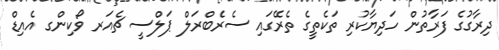
ދިރާގުގެ ފަރާތުން ހަދިޔާކުރި ތަކެތީގެ ތެރޭގައި ސެރެބްރަލް ޕަލްސީ ޗެއަރ ވޯކިންގ އެއިޑް